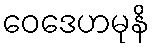
ဝေဒေဟမုနိ